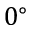
0 ^ { \circ }